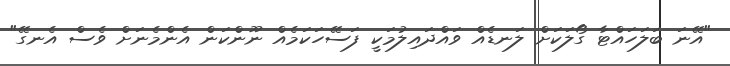
"އޭނަ ބަލަހައްޓާ ގޯލަކަށް ލަނޑެއް ވައްދައިލުމަކީ ފަސޭހަކަމެއް ނޫންކަން އެންމެނަށް ވެސް އެނގޭ"